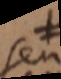
seu